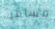
مسافر